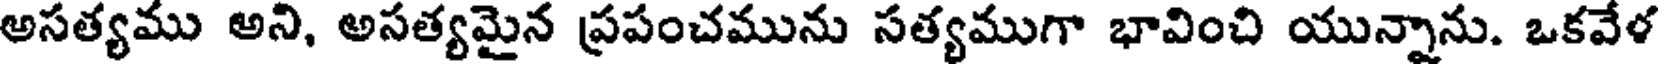
అసత్యము అని, అసత్యమైన ప్రపంచమును సత్యముగా భావించి యున్నాను. ఒకవేళ